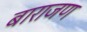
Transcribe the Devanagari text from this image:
बाराजण